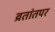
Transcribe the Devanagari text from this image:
व्रतांतपर